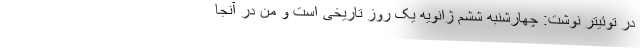
در توئیتر نوشت: چهارشنبه ششم ژانویه یک روز تاریخی است و من در آنجا